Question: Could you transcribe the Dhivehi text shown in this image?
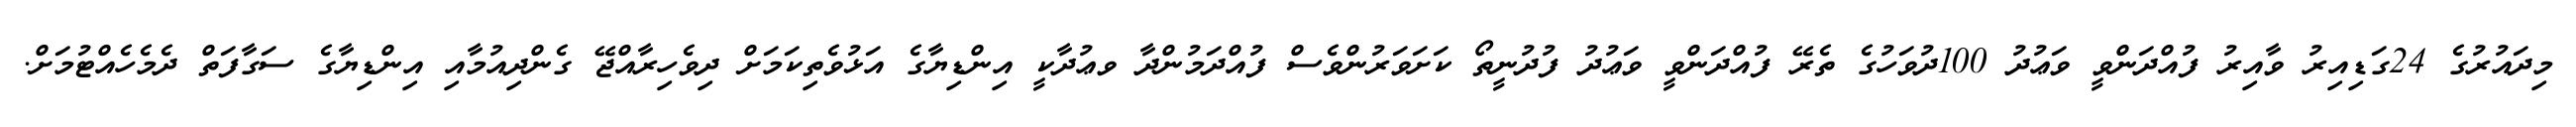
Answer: މިދައުރުގެ 24ގަޑިއިރު ވާއިރު ފުއްދަންވީ ވަޢުދު 100ދުވަހުގެ ތެރޭ ފުއްދަންވީ ވަޢުދު ފުދުނީތޯ ކަށަވަރުންވެސް ފުއްދަމުންދާ ވޢުދާކީ އިންޑިޔާގެ އަޅުވެތިކަމަށް ދިވެހިރާއްޖޭ ގެންދިއުމާއި އިންޑިޔާގެ ސަގާފަތް ދެމެހެއްޓުމަށް.